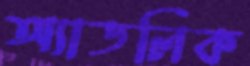
অ্যাডলিক